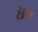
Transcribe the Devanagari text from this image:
रॊय